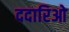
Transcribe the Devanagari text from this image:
ददारिओ